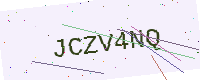
Text: JCZV4NQ